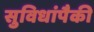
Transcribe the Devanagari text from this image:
सुविधांपैकी